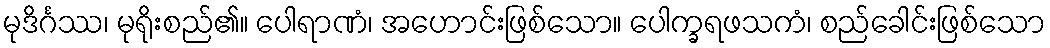
မုဒိင်္ဂဿ၊ မုရိုးစည်၏။ ပေါရာဏံ၊ အဟောင်းဖြစ်သော။ ပေါက္ခရဖသကံ၊ စည်ခေါင်းဖြစ်သော